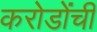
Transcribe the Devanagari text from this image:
करोडोंची